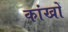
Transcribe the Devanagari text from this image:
कांखों